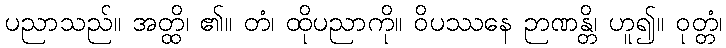
ပညာသည်။ အတ္ထိ၊ ၏။ တံ၊ ထိုပညာကို။ ဝိပဿနေ ဉာဏန္တိ၊ ဟူ၍။ ဝုတ္တံ၊